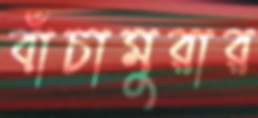
বাঁচামুরার